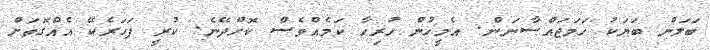
ބަލަން ބަޔަކު ހަމަޖައްސާނަން. އެމީހުން ހުރިހާ ކަމެއްވެސް ކޮށްދޭނެ. ކުރީ ފަހަރެކޭ އެއްގޮތަށް